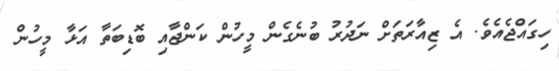
ހިގައްޖެއެވެ. އެ ޒިއާރަތަށް ނަދުރު ބުނެގެން މީހުން ކަންޖާއި ބޮޑިބަތާ އަޅާ މީހުން